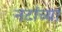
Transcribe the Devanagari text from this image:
नटांच्या